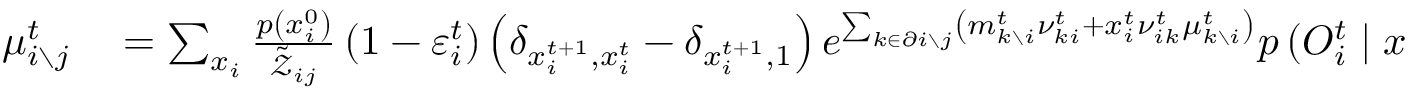
\begin{array} { r l } { \mu _ { i \setminus j } ^ { t } } & { { } = \sum _ { x _ { i } } \frac { p \left( x _ { i } ^ { 0 } \right) } { \tilde { \mathcal { Z } } _ { i j } } \left( 1 - \varepsilon _ { i } ^ { t } \right) \left( \delta _ { x _ { i } ^ { t + 1 } , x _ { i } ^ { t } } - \delta _ { x _ { i } ^ { t + 1 } , 1 } \right) e ^ { \sum _ { k \in \partial i \setminus j } \left( m _ { k \setminus i } ^ { t } \nu _ { k i } ^ { t } + x _ { i } ^ { t } \nu _ { i k } ^ { t } \mu _ { k \setminus i } ^ { t } \right) } p \left( O _ { i } ^ { t } \mid x _ { i } ^ { t } \right) } \end{array}